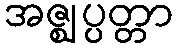
အဇ္ဈပ္ပတ္တာ